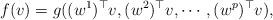
LaTeX: \begin{align*}f(v)=g((w^1)^{\top}v, (w^2)^{\top}v, \cdots, (w^p)^{\top}v),\end{align*}